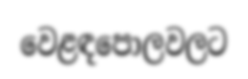
වෙළඳපොලවලට